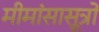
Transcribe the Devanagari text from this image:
मीमांसासूत्रों